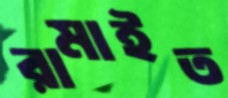
রামাইত